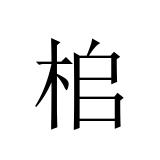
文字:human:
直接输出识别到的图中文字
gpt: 桘